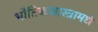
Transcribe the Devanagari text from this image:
भौतिकशास्त्रामधे